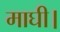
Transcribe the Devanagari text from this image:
माघी।